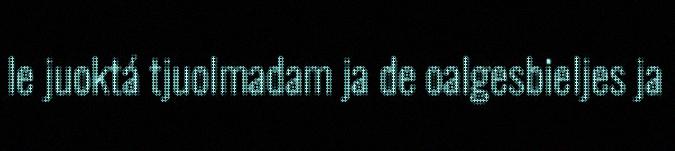
le juoktá tjuolmadam ja de oalgesbieljes ja